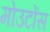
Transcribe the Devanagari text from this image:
मोउटोंस